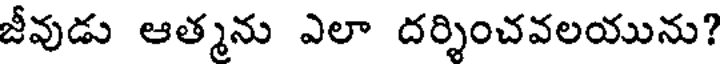
జీవుడు ఆత్మను ఎలా దర్శించవలయును?